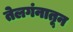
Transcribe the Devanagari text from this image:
तेलगंनातून